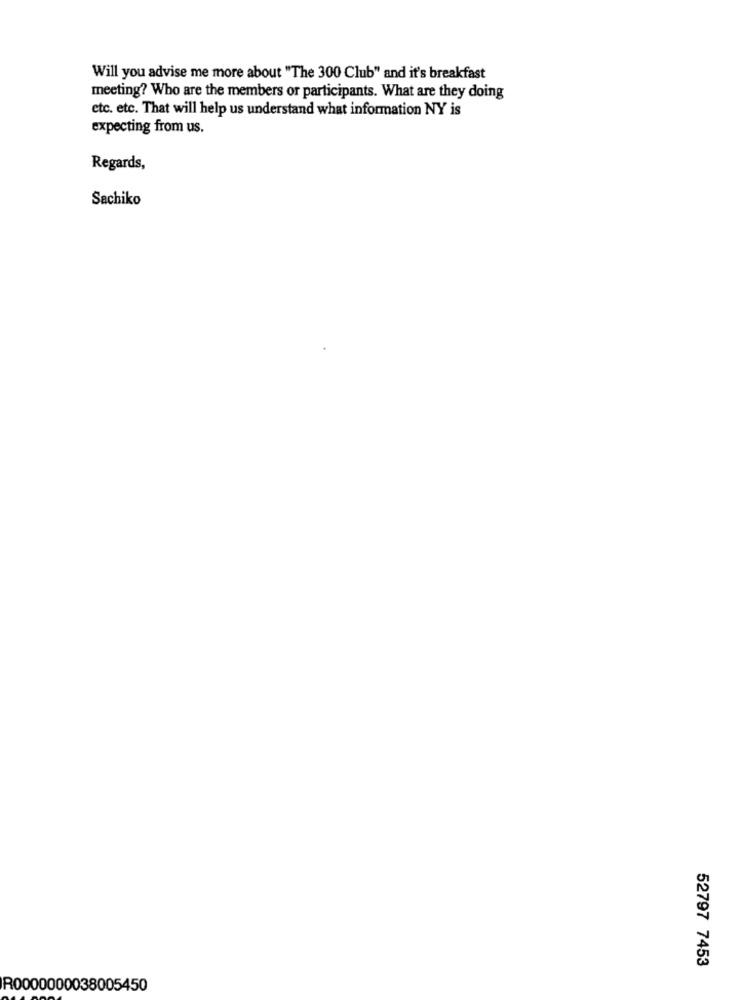
Will you advise me more about "The 300 Club" and it's breakfast
meeting? Who are the members or participants. What are they doing
etc. etc. That will help us understand what information NY is
expecting from us.
Regards,
Sachiko
52797 7453
R0000000038005450